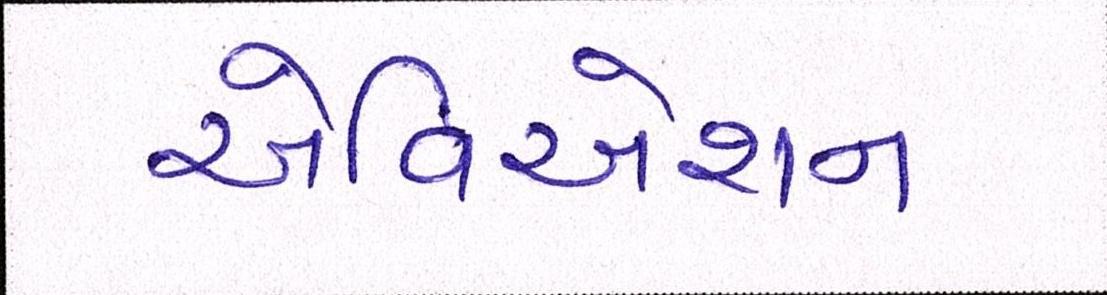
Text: એવિએશન